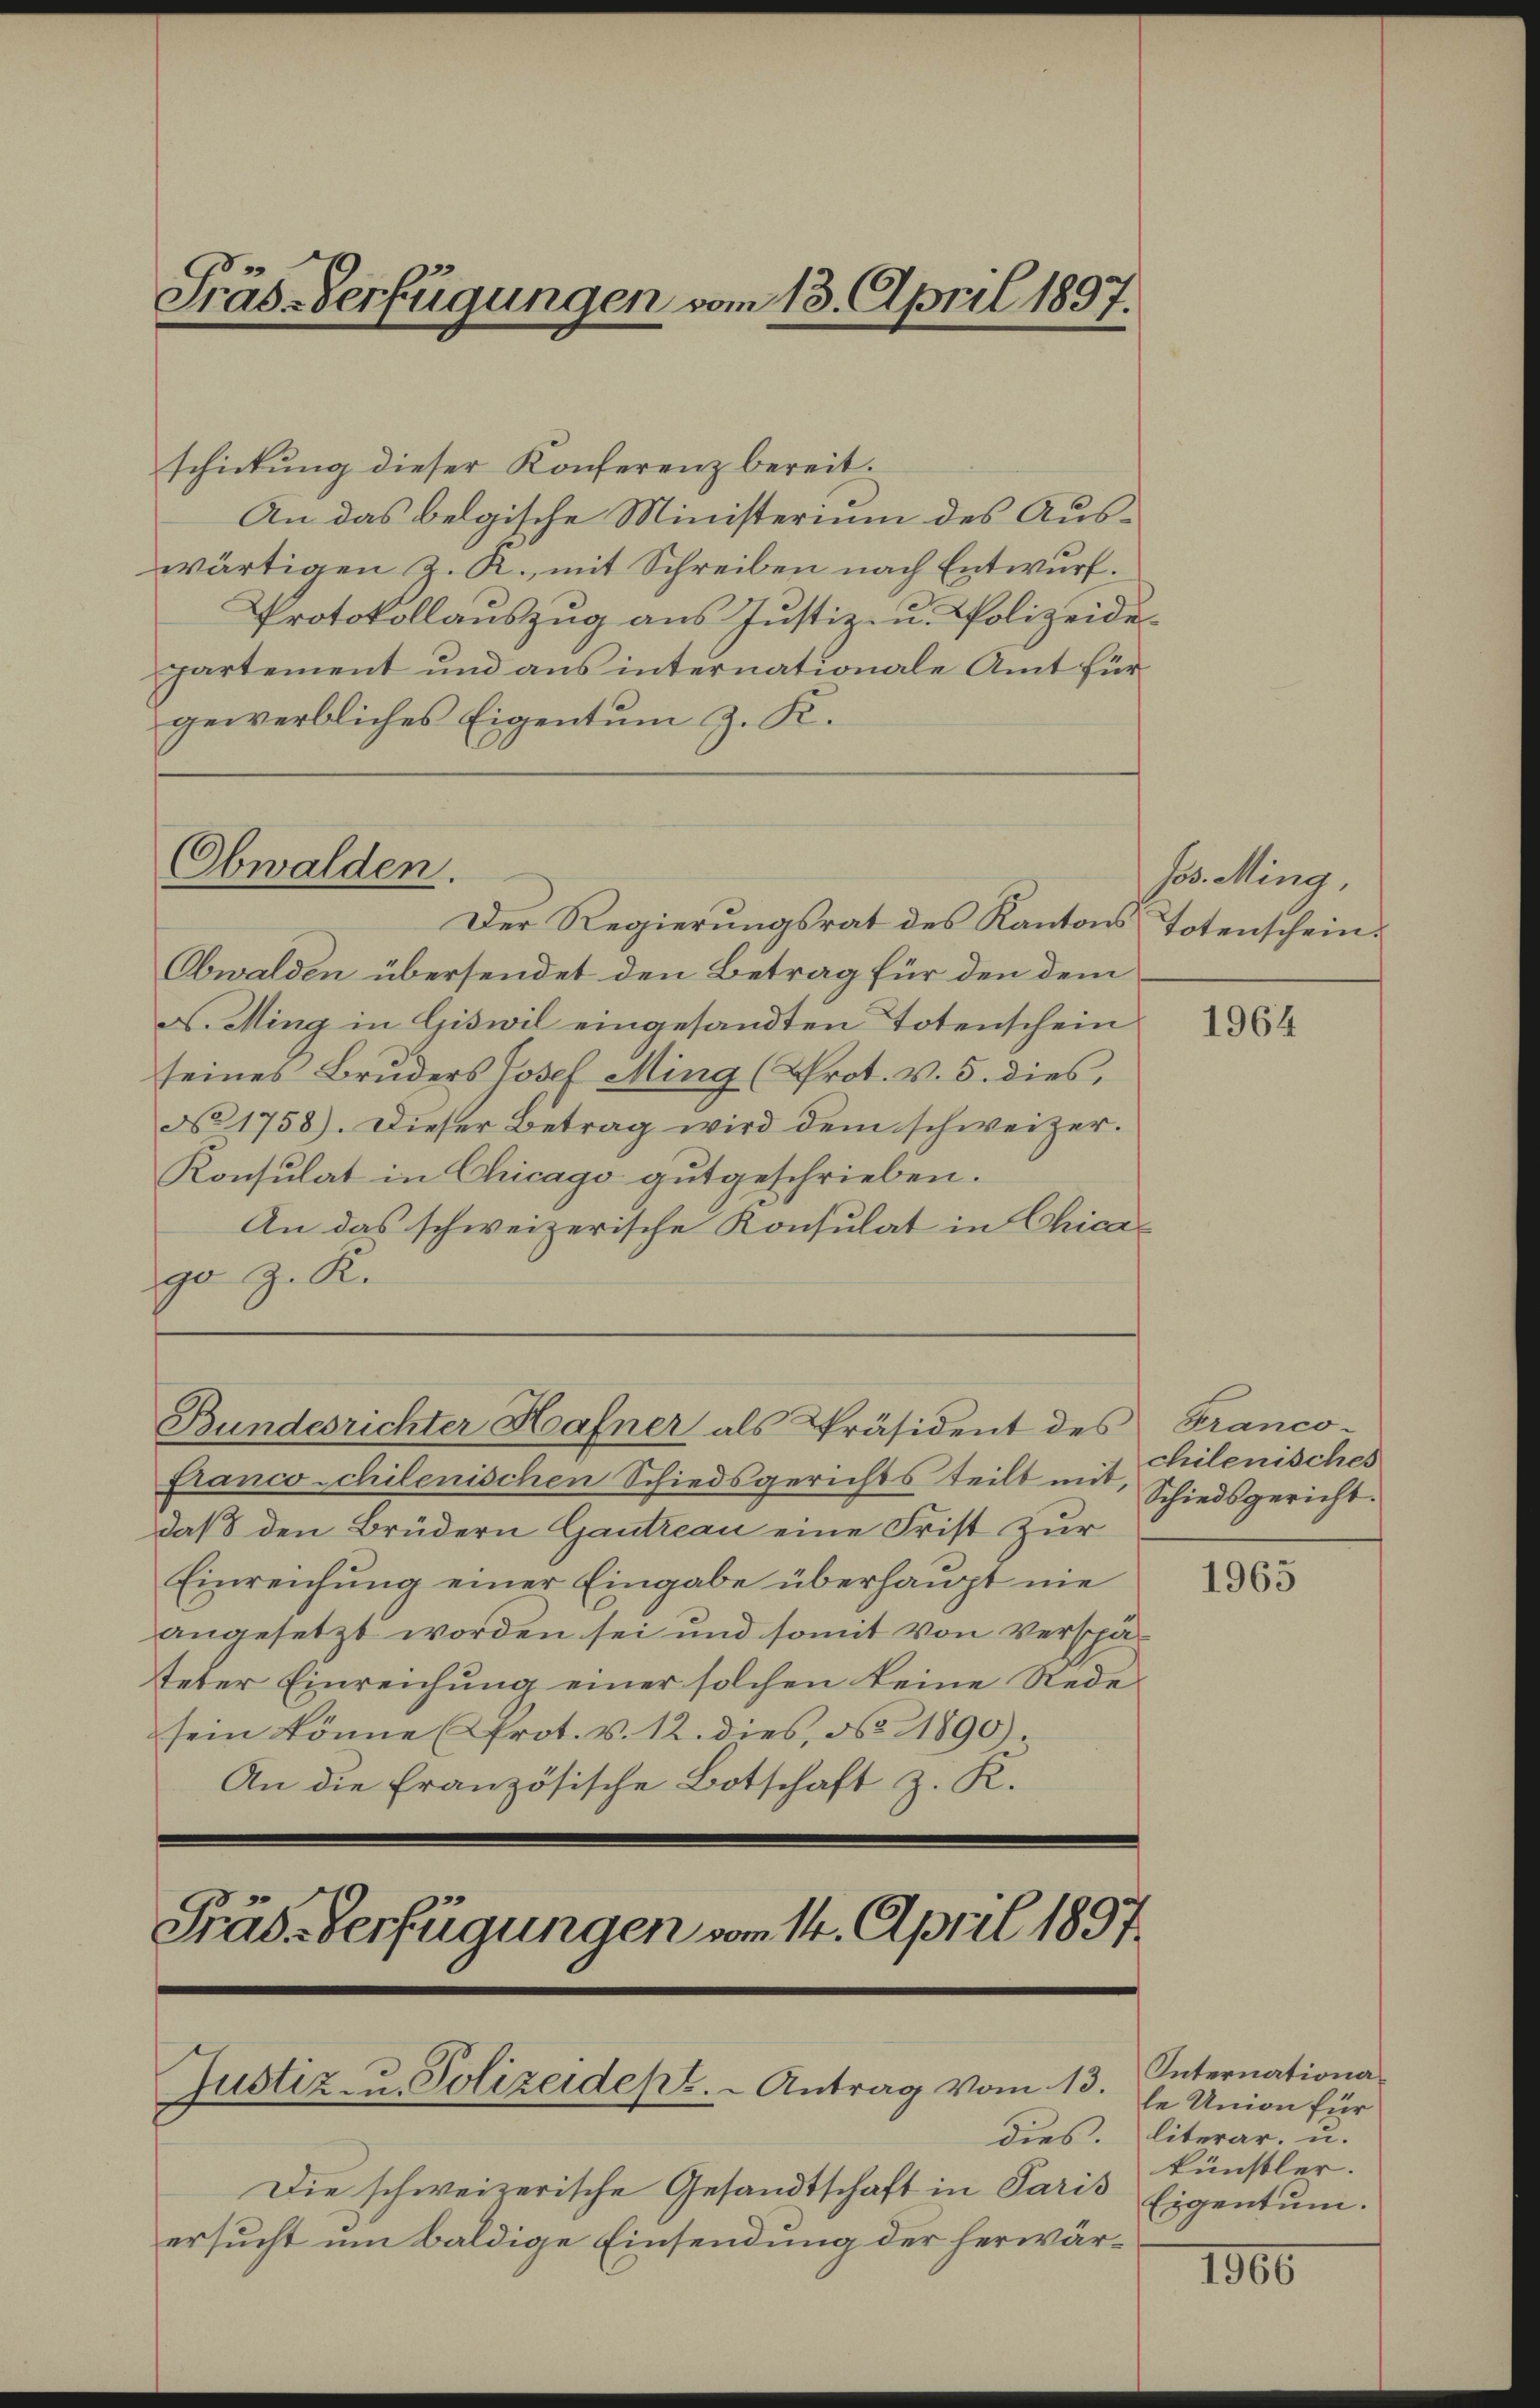
Präs.-Verfügungen vom 13. April 1897.

schickung dieser Konferenz bereit.
An das belgische Ministerium des Auswärtigen J. R., mit Schreiben nach Entwurf.
Protokollauszug aus Justiz- u. Polizeide-
partement und aus internationale Amt für
gewerbliches Eigentum z. K.
Der Regierungsrat des Kantons Totenschein¬
Obwalden übersendet den Betrag für den dem
ds. Ming in Giswil eingesandten Totenschein
seines Brŭders Josef Ming (Prot. v. 5. dies,
No 1758). Dieser Betrag wird dem schweizer¬
Konsulat in Chicago gutgeschrieben.
An das schweizerische Konsulat in Chica-
go z. R.

franco-chilenischen Schiedsgerichts teilt mit, Schiedsgericht.
daß den Brüdern Gantreau eine Frist zur
Einreichung einer Eingabe überhaupt nie
angesetzt worden sei und somit von Verspäteter Einreichung einer solchen keine Rede
sein könne (Prot. v. 12. dies, No 11890).
An die französische Botschaft z. R.
Präs.-Verfügungen vom 14. April 1897.

Obwalden.

Bundesrichter Hafner als Präsident des Franco

Justiz- u. Polizeidept. - Antrag vom 13.

Jos. Ming,

chilenisches

Die schweizerische Gesandtschaft in Paris
ersucht um Baldige Einsendung der herwär¬

1964

1965

Internationale Union für
dies. literar- u.
künstler.
Eigentum.

1966